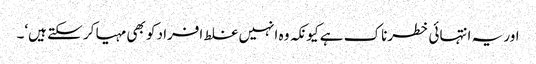
اور یہ انتہائی خطرناک ہے کیونکہ وہ انہیں غلط افراد کو بھی مہیا کر سکتے ہیں‘۔